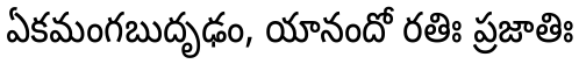
ఏకమంగబుదృఢం, యానందో రతిః ప్రజాతిః